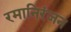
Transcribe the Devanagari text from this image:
रमानिरंजन